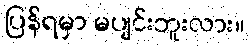
ပြန်ရမှာ မပျင်းဘူးလား။